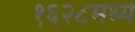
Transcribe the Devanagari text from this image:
१६२८मध्ये